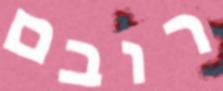
רובם